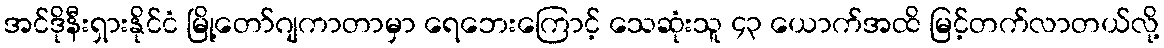
အင်ဒိုနီးရှားနိုင်ငံ မြို့တော်ဂျကာတာမှာ ရေဘေးကြောင့် သေဆုံးသူ ၄၃ ယောက်အထိ မြင့်တက်လာတယ်လို့